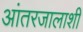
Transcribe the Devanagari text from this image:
आंतरजालाशी